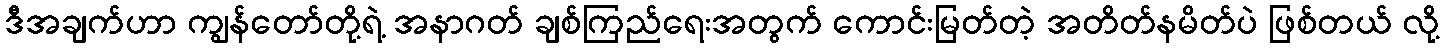
ဒီအချက်ဟာ ကျွန်တော်တို့ရဲ့ အနာဂတ် ချစ်ကြည်ရေးအတွက် ကောင်းမြတ်တဲ့ အတိတ်နမိတ်ပဲ ဖြစ်တယ် လို့